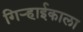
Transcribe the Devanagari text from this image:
गिऱ्हाईकाला